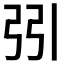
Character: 𢏄